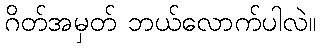
ဂိတ်အမှတ် ဘယ်လောက်ပါလဲ။